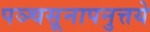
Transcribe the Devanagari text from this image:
पञ्चसूनापनुत्तये